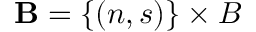
\mathbf { B } = \{ ( n , s ) \} \times B